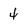
Character: 4